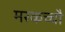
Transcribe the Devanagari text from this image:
मरकच्चौ